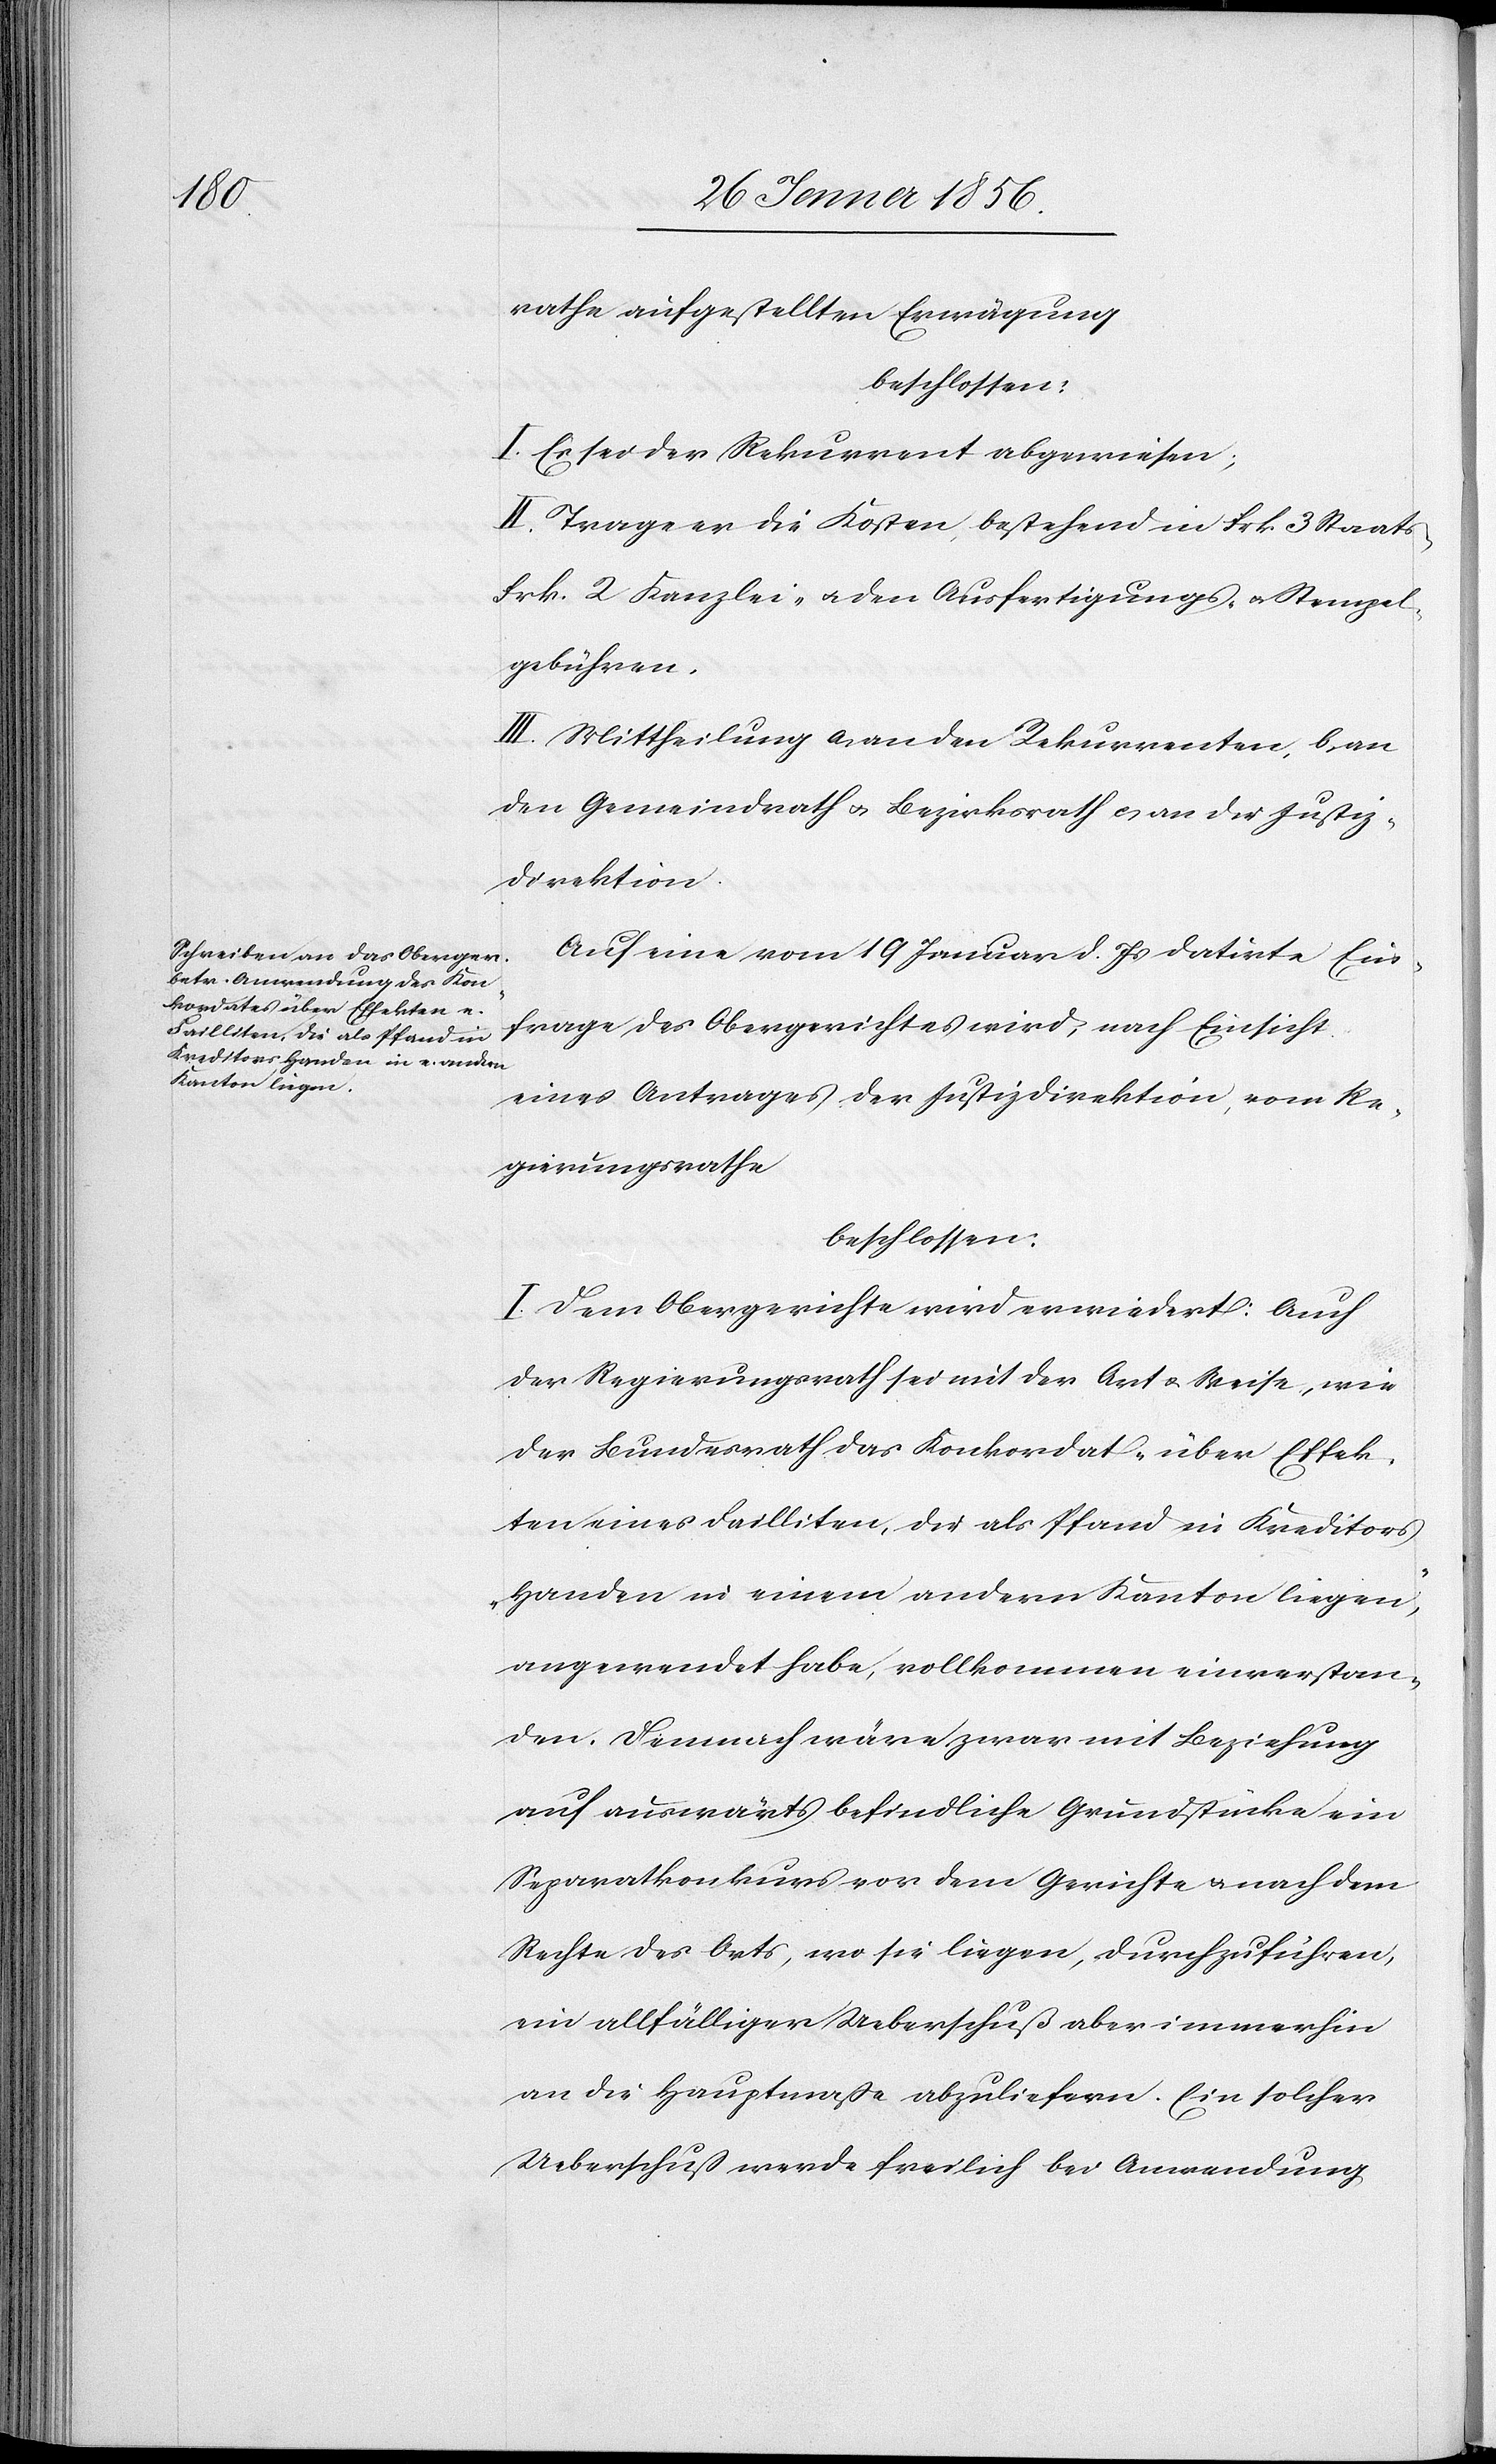
frage
rathe aufgestellten Erwägung
beschlossen:
I. Es sei der Rekurrent abgewiesen;
II. Trage er die Kosten, bestehend in Frk. 3 Staats-[,]
Frk. 2 Kanzlei- u. den Ausfertigungs- u. Stempel¬
gebühren.
III. Mittheilung a, an den Rekurrenten, b, an
den Gemeindrath u. Bezirksrath c, an die Justiz¬
direktion.
Auf eine vom 19 Januar d. Js datirte Ein¬
eines Antrages der Justizdirektion, vom Re¬
gierungsrathe
beschlossen:
I. Dem Obergerichte wird erwiedert: Auch
der Regierungsrath sei mit der Art u. Weise, wie
der Bundesrath das Konkordat „über Effek¬
ten eines Failliten, die als Pfand in Kreditors
Handen in einem andern Kanton liegen“,
angewendet habe, vollkommen einverstan¬
den. Demnach wäre zwar mit Beziehung
auf auswärts befindliche Grundstücke ein
Separatkonkurs vor dem Gerichte u. nach dem
Rechte des Orts, wo sie liegen, durchzuführen,
ein allfälliger Ueberschuß aber immerhin
an die Hauptmaße abzuliefern. Ein solcher
Ueberschuß werde freilich bei Anwendung